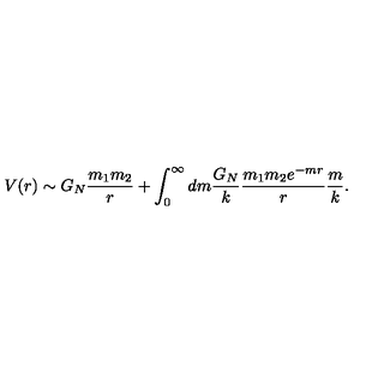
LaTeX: V ( r ) \sim G _ { N } { \frac { m _ { 1 } m _ { 2 } } { r } } + \int _ { 0 } ^ { \infty } d m { \frac { G _ { N } } { k } } { \frac { m _ { 1 } m _ { 2 } e ^ { - m r } } { r } } { \frac { m } { k } } .